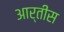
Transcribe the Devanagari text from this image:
आर्तीस